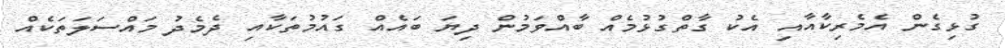
ގުޅިގެން އެމެރިކާއާއި އެކު ގާތްގުޅުމެއް ބާއްވަމުން ދިޔަ ބައެއް ގައުމުތަކާއި ދެމެދު މައްސަލަތަކެއް